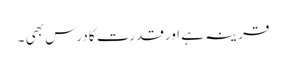
قرینہ ہے اورقدرت کا درس بھی ۔